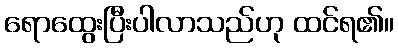
ရောထွေးပြီးပါလာသည်ဟု ထင်ရ၏။